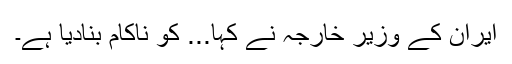
ایران کے وزیر خارجہ نے کہا... کو ناکام بنادیا ہے۔